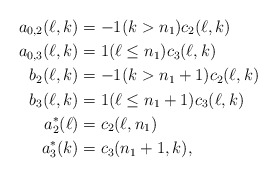
\begin{align*} a_{0,2}(\ell,k)&=-1(k>n_1)c_2(\ell,k)\\ a_{0,3}(\ell,k)&=1(\ell\le n_1)c_3(\ell,k)\\ b_2(\ell,k)&=-1(k>n_1+1)c_2(\ell,k)\\ b_3(\ell,k)&=1(\ell\le n_1+1)c_3(\ell,k)\\ a_2^\ast(\ell)&=c_2(\ell,n_1)\\ a_3^\ast(k)&=c_3(n_1+1,k),\end{align*}